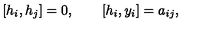
[ h _ { i } , h _ { j } ] = 0 , \qquad [ h _ { i } , y _ { i } ] = a _ { i j } ,